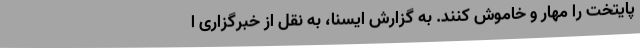
پایتخت را مهار و خاموش کنند. به گزارش ایسنا، به نقل از خبرگزاری ا